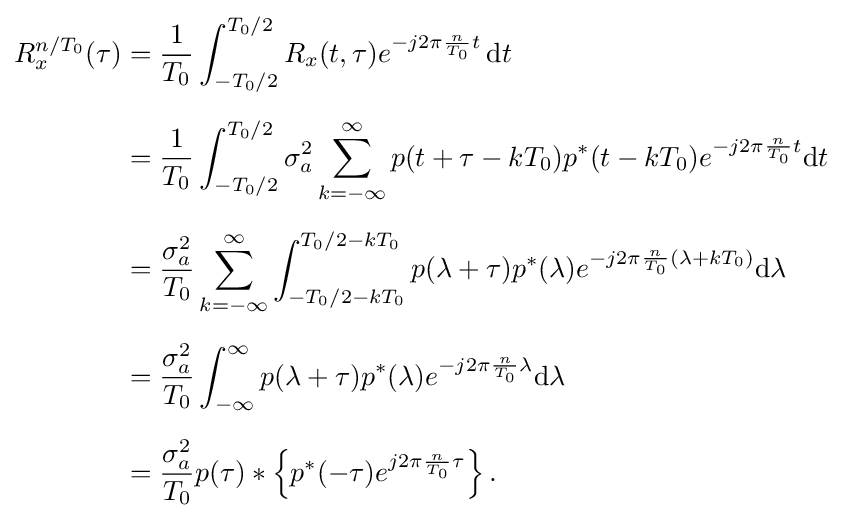
{\begin{aligned}R_{x}^{n/T_{0}}(\tau )&={\frac {1}{T_{0}}}\int _{-T_{0}/2}^{T_{0}/2}R_{x}(t,\tau )e^{-j2\pi {\frac {n}{T_{0}}}t}\,\mathrm {d} t\\[6pt]&={\frac {1}{T_{0}}}\int _{-T_{0}/2}^{T_{0}/2}\sigma _{a}^{2}\sum _{k=-\infty }^{\infty }p(t+\tau -kT_{0})p^{*}(t-kT_{0})e^{-j2\pi {\frac {n}{T_{0}}}t}\mathrm {d} t\\[6pt]&={\frac {\sigma _{a}^{2}}{T_{0}}}\sum _{k=-\infty }^{\infty }\int _{-T_{0}/2-kT_{0}}^{T_{0}/2-kT_{0}}p(\lambda +\tau )p^{*}(\lambda )e^{-j2\pi {\frac {n}{T_{0}}}(\lambda +kT_{0})}\mathrm {d} \lambda \\[6pt]&={\frac {\sigma _{a}^{2}}{T_{0}}}\int _{-\infty }^{\infty }p(\lambda +\tau )p^{*}(\lambda )e^{-j2\pi {\frac {n}{T_{0}}}\lambda }\mathrm {d} \lambda \\[6pt]&={\frac {\sigma _{a}^{2}}{T_{0}}}p(\tau )*\left\{p^{*}(-\tau )e^{j2\pi {\frac {n}{T_{0}}}\tau }\right\}.\end{aligned}}